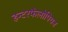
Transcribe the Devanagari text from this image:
इन्टरफैलोपियन